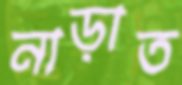
নাড়াত